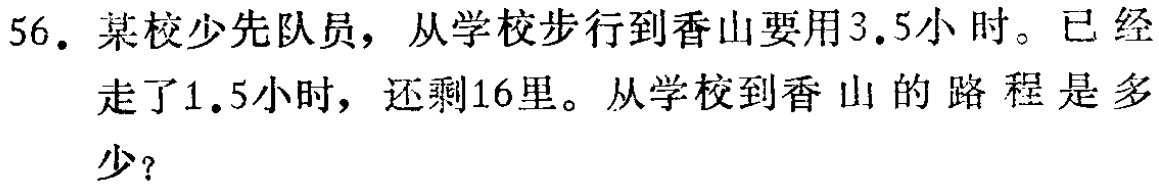
56. 某校少先队员，从学校步行到香山要用3.5小时。已经走了1.5小时，还剩16里。从学校到香山的路程是多少？